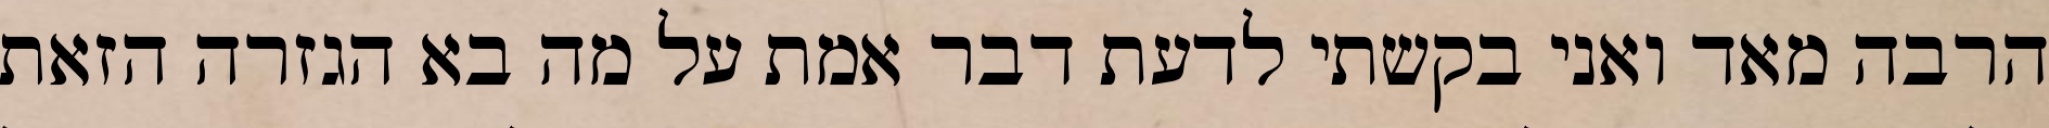
הרבה מאד ואני בקשתי לדעת דבר אמת על מה בא הגזרה הזאת